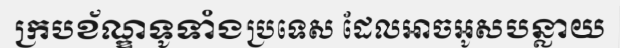
ក្របខ័ណ្ឌទូទាំងប្រទេស ដែលអាចអូសបន្លាយ